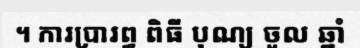
។ ការប្រារព្ធ ពិធី បុណ្យ ចូល ឆ្នាំ